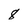
Character: 8